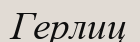
Герлиц